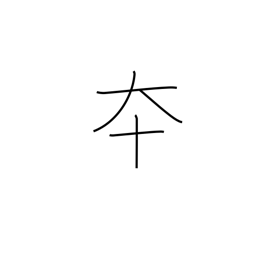
Meaning: advance quickly